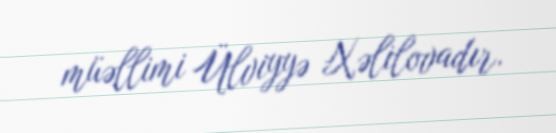
müəllimi Ülviyyə Xəlilovadır.